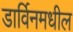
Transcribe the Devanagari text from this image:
डार्विनमधील